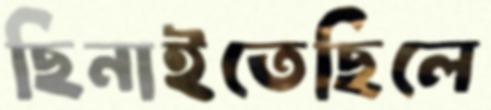
ছিনাইতেছিলে